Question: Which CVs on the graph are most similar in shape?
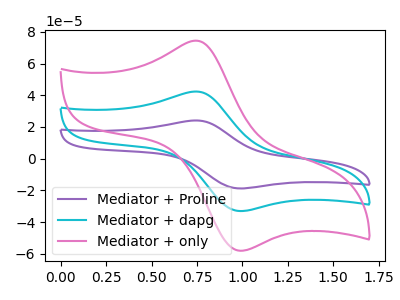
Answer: <think>The purple curve "Mediator + Proline" has an anodic peak at (0.75V, 84.65uA) and a cathodic peak at (1.00V, -66.10uA). The cyan curve "Mediator + dapg" has an anodic peak at (0.75V, 42.35uA) and a cathodic peak at (1.00V, -33.05uA). The pink curve "Mediator + only" has an anodic peak at (0.75V, 74.40uA) and a cathodic peak at (1.00V, -58.10uA).
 All the peaks in "Mediator + Proline" have a peak in "Mediator + dapg" at the same potential. Every peak in "Mediator + Proline" is higher than every peak in "Mediator + dapg". All the peaks in "Mediator + Proline" have a peak in "Mediator + only" at the same potential. Every peak in "Mediator + Proline" is higher than every peak in "Mediator + only". All the peaks in "Mediator + dapg" have a peak in "Mediator + only" at the same potential. Every peak in "Mediator + dapg" is lower than every peak in "Mediator + only".</think>
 <answer>"Mediator + only", "Mediator + Proline" and "Mediator + dapg" have the same shape and are likely CV's of the same chemical.</answer>
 <eval>"Mediator + only" "Mediator + Proline" "Mediator + dapg"</eval>